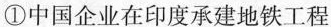
①中国企业在印度承建地铁工程